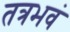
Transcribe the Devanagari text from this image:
तत्रभवं